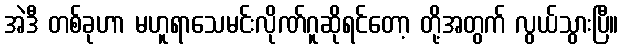
အဲဒီ တစ်ခုဟာ မဟူရာသေမင်းလိုဏ်ဂူဆိုရင်တော့ တို့အတွက် လွယ်သွားပြီ။